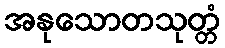
အနုသောတသုတ္တံ